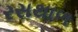
રસથાળ